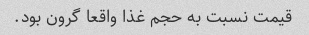
قیمت نسبت به حجم غذا واقعا گرون بود.